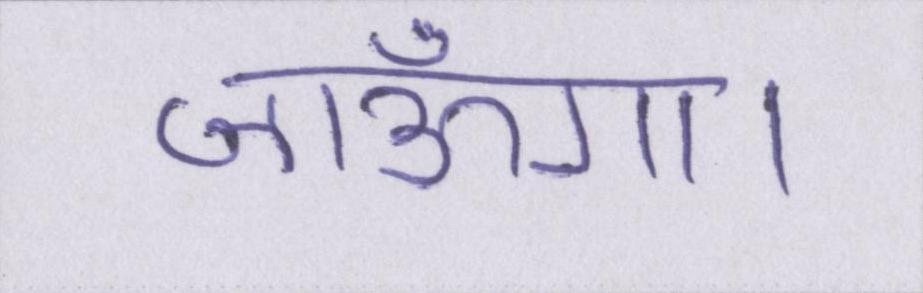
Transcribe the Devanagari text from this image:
जाऊँगा।